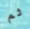
ثم